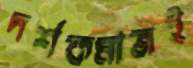
দর্শকমাত্রই